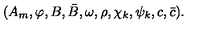
( A _ { m } , \varphi , B , \bar { B } , \omega , \rho , { \chi } _ { k } , { \psi } _ { k } , c , \bar { c } ) .